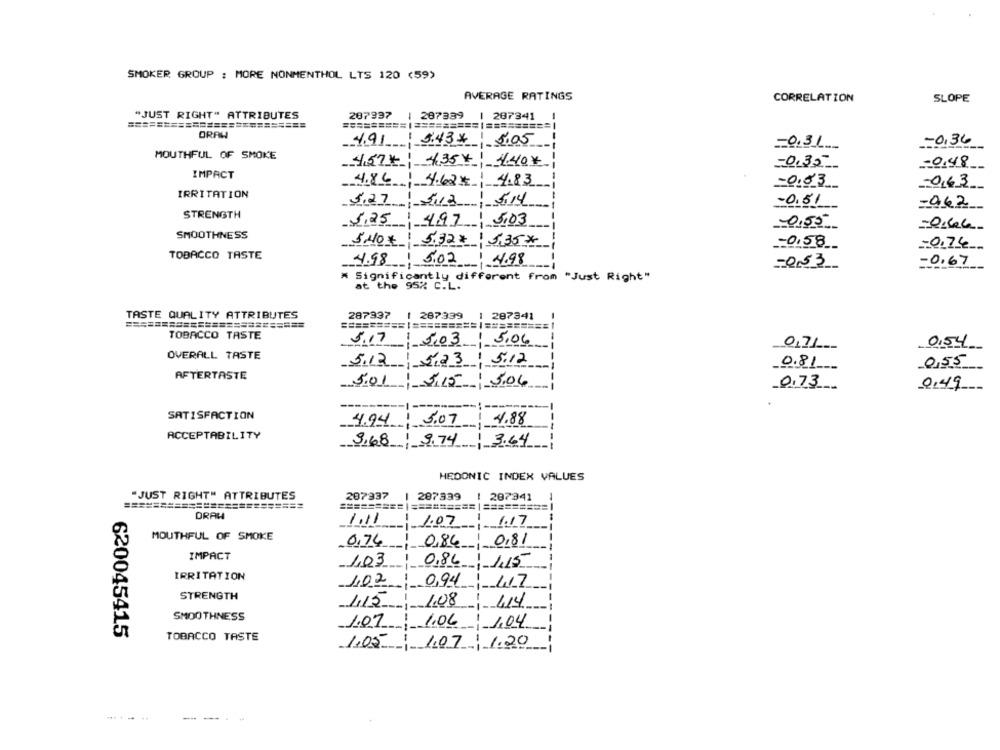
SMOKER GROUP : MORE NONMENTHOL LTS 120 (59)
AVERAGE RATINGS
CORRELATION
SLOPE
"JUST RIGHT" ATTRIBUTES
287937
1 287339
1 287341
=========================
========= / ========= / ========= |
ORAH
4.91
3.434 5.05
-0,36
=0.3L __
MOUTHFUL OF SMOKE
47 4354 4.40
-0,32
-0,48
IMPACT
4.86
4.83
4.62#
-0,83
0,63
IRRITATION
5.27
512
1
5.14
-0.51
-962
STRENGTH
5.25 4,97
5.03
0,55
=0,66-
SMOOTHNESS
5NO€ 5.32 5,35%
-0.58 __
-0,74
TOBACCO TASTE
4.98
5.02
4.98
-0.67
-053
# Significantly different from "Just Right"
at the 95% C.L.
TASTE QUALITY ATTRIBUTES
287937
1 267339
1 287341
=========================
========= =================
TOBACCO TASTE
5.17
5.03 5.06
0.54
0,71
OVERALL TASTE
-5.23 5.12
5.12
0.81
0,55
AFTERTASTE
5.01
5.15 3.06
0.73
0,49
SATISFACTION
4.94
3.07
4.88
ACCEPTABILITY
3.68 9.74
1 3.64
HEDONIC INDEX VALUES
"JUST RIGHT" ATTRIBUTES
287937
| 287339
1 207341
1
========================
========= = ========= | ========= |
DRAH
1.11
1.07
1.17
MOUTHFUL OF SMOKE
0.76
--
----
0,86
0,81
----
IMPACT
1,03
0,86
1,15
IRRITATION
102
0,94
STRENGTH
1,15
1.08
414
SMOOTHNESS
1.07
1.06
1.04
620045415
TOBACCO TASTE
1.05 1.07| 1.20
---